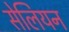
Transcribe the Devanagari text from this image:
सेलियन